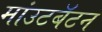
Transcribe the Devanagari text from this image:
मांउटबॅटन